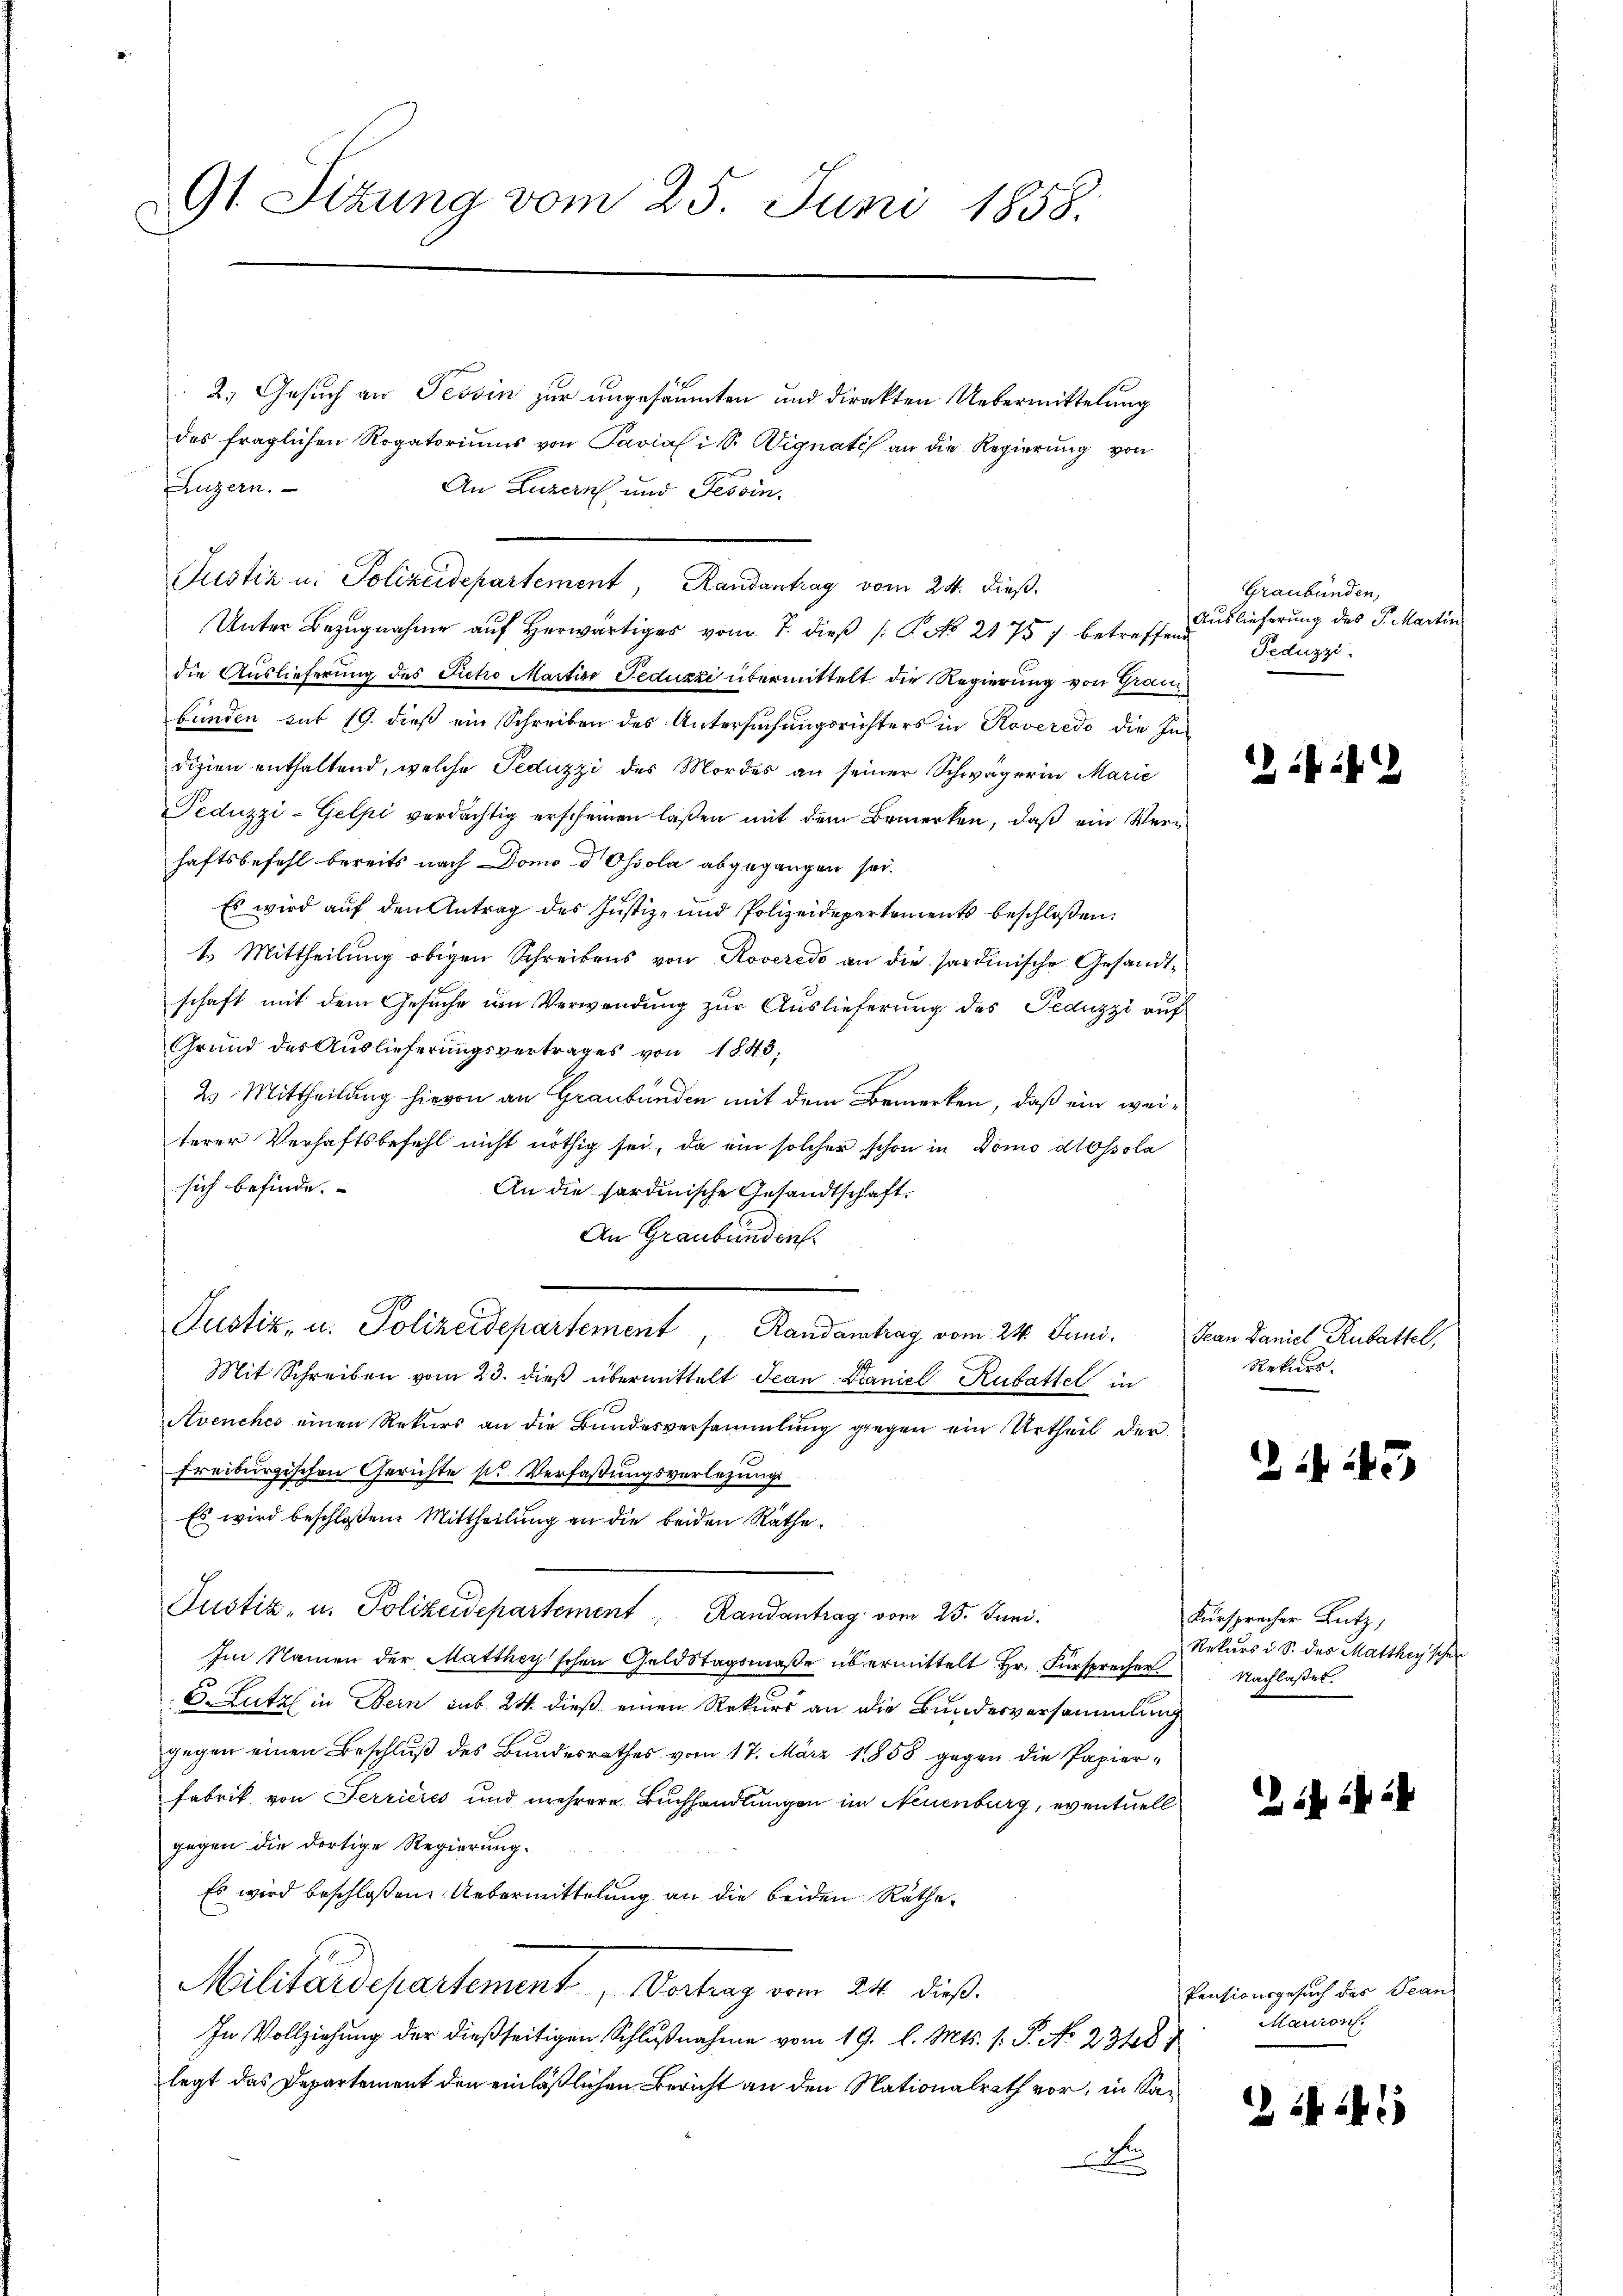
91. Sitzung vom 25. Juni 1858.
.

2.) Gesuch an Tessin zur ungesäumten und direkten Uebermittelung
des fraglichen Rogatoriums von Paviali Sr. Wignati an die Regierung von
Luzern.
An Luzern und Tessin.
Justiz u. Polizeidepartement, Randantrag vom 24. dieß.
Unter Bezŭgnahme aŭf herwärtiges vom 7. dieβ (: No 21757 betreffend Peruzzi
die Auslieferung des Ficho Martise Feduzzi übermittelt die Regierung von Granz
bunden sit 19. dieß ein Schreiben des Untersuchungsrichters in Roveredo die Indizien enthaltend, welche Peduzzi des Mordes an seiner Schwägerin Marie
Peduzzi-Gelpi verdächtig erscheinen laßen mit dem Bemerken, daß ein Verhaftsbefehl bereits nach Domo d Ohiola abgegangen sei.
Es wird auf den Antrag des Justiz- und Polizeidepartements beschloßen:
1. Mittheilung obigen Schreibens von Roveredo an die sardinische Gesandtschaft mit dem Gesuche um Verwendung zur Auslieferung des Peduzzi auf
Grund der Auslieferungsvertrages von 1843,
2. Mittheilung hievon an Graubünden mit dem Bemerken, daß ein weiterer Verhaftsbefehl nicht nöthig sei, da ein solcher schon in Domo dossola
sich befinde.
An die fordinische Gesandtschaft.
An Graubünden.

Justiz, u. Polizeidepartement, Randantrag vom 24. Juni. Jean Daniel Rubattel,
Mit Schreiben vom 23. dieß übermittelt Jean Paniel Rubattel in
Avenches einen Rekurs an die Bundesversammlung gegen ein Urtheil der
Freiburgischen Gerichte sr Verfaßungsverlegung
Es wird beschloßene Mittheilŭng an die beiden Räthe.
Justiz- u. Polizeidepartement, Randantrag vom 25. Juni.
Im Namen der Matthey'schen Geldstagsmaße übermittelt Hr. Fürsprecher Nachlasses.
8. Lutz in Bern sub 24. dieß einen Rekurs an die Bundesversammlung
gegen einen Beschluß des Bundesrathes vom 17. März 1858 gegen die Papier¬
Fabrik von Terrieres und mehrere Buchhandlungen im Neuenburg, eventuell
gegen die dortige Regierung.
Es wird beschloßen: Uebermittelung an die beiden Rathe¬
Militärdepartement, Vertrag vom 24. dieß.
In Vollziehung der dießseitigen Schlußnahme vom 19. l. Mts. 1. P. N. 2348
legt das Departement den einläßlichen Bericht an den Nationalrath vor, in Sa¬
A

Graubünden,
Auslieferung des P. Martin

12 f 12

Rekurs.

45

Kursprecher Lutz,
Rekurs i S. des Mattheyischen

2 ib

Pensionsgesuch des Bean
Macion.

14 i